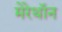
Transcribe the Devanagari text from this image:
मेरेथॉन